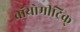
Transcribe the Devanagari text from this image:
बॉयोमीट्रिक्